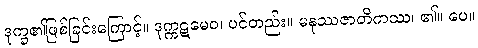
ဒုက္ခ၏ဖြစ်ခြင်းကြောင့်။ ဒုက္ကဋမေဝ၊ ပင်တည်း။ မနုဿဇာတိကဿ၊ ၏။ ပေ။